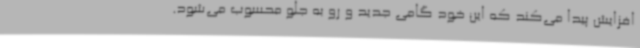
افزایش پیدا می‌کند که این خود گامی جدید و رو به جلو محسوب می‌شود.